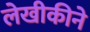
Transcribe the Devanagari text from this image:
लेखीकीने